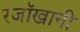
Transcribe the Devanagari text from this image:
रजॉखानी